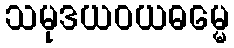
သမုဒယဝယဓမ္မေ